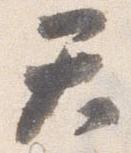
天